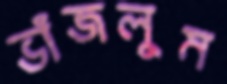
ভাঁজলুম